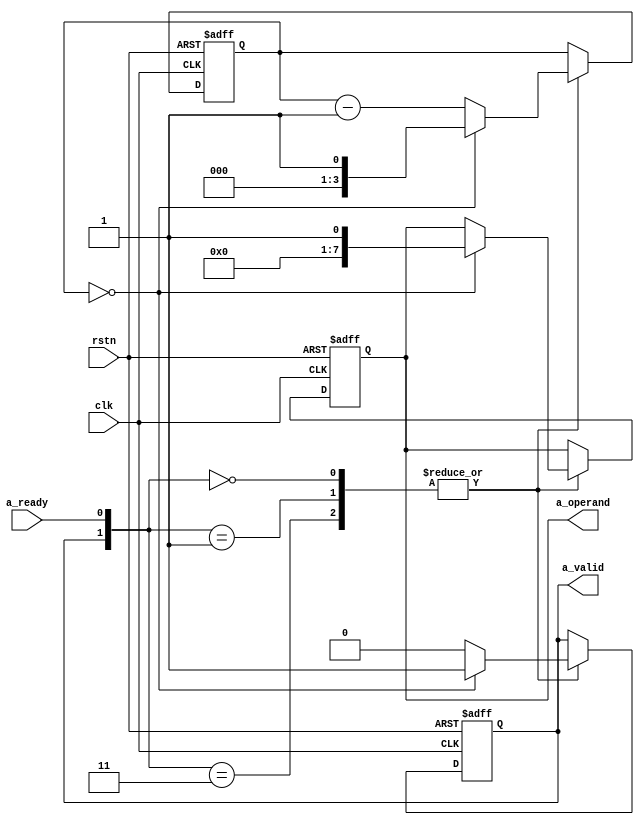
module verif_comp_a (
  input            clk,
  input            rstn,
  input            a_ready,
  output reg       a_valid,
  output reg [7:0] a_operand
);

  localparam [1:0] IDLE_NR = 0;
  localparam [1:0] IDLE_R  = 1;
  localparam [1:0] REQ     = 2;
  localparam [1:0] HS      = 3;

  wire [1:0] state;
  assign state = {a_valid, a_ready};

  reg[3:0] wait_time;
  always @(posedge clk or negedge rstn) begin
    if (! rstn) begin
      wait_time <= 10;
    end else begin
      case (state)
        IDLE_NR, IDLE_R, HS : begin
          wait_time <= (wait_time == 0) ? $random : wait_time - 1;
        end
        default : begin // including REQ
        end
      endcase
    end
  end


  always @(posedge clk or negedge rstn) begin
    if (! rstn) begin
      a_valid   <= 1'b0;
      a_operand <= 8'hzz;
    end else begin
      case (state)
        IDLE_NR, IDLE_R, HS : begin
          a_valid   <= (wait_time == 0) ? 1'b1    : 1'b0;
          a_operand <= (wait_time == 0) ? $random : a_operand;
        end
        default : begin // including REQ
        end
      endcase
    end
  end


endmodule